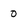
Character: 0